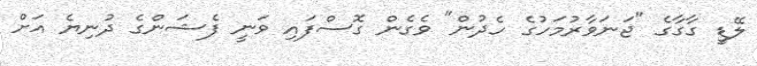
ލޭޑީ ގާގާގެ "ޖަނަވާރުމަހުގެ ހެދުން" ވެގެން ގޮސްފައި ވަނީ ފެޝަންގެ ދުނިޔެ އަށް